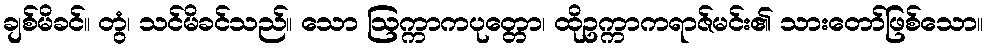
ချစ်မိခင်။ တွံ၊ သင်မိခင်သည်။ သော ဩက္ကာကပုတ္တော၊ ထိုဥက္ကာကရာဇ်မင်း၏ သားတော်ဖြစ်သော။